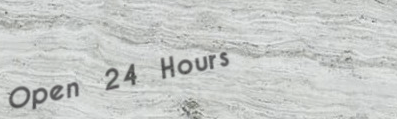
Open 24 Hours